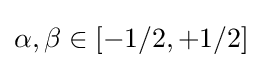
\alpha ,\beta \in [-1/2,+1/2]